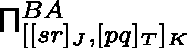
\mathsf { \Pi } _ { [ [ s r ] _ { J } , [ p q ] _ { T } ] _ { K } } ^ { B A }